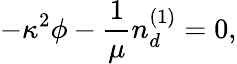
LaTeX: -\kappa^{2}\phi-\frac{1}{\mu}n_{d}^{(1)}=0,